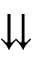
\downdownarrows